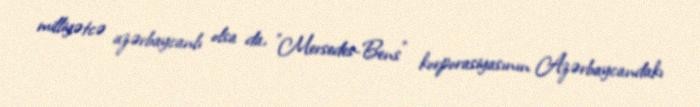
milliyətcə azərbaycanlı olsa da, "Mersedes-Bens" korporasiyasının Azərbaycandakı